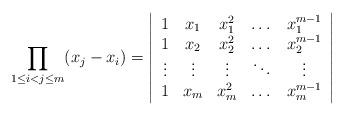
LaTeX: \begin{align*}\prod_{1\le i<j\le m}(x_{j}-x_{i})=\left| \begin{array}{ccccc}1 & x_{1} & x_{1}^{2} & \dots & x_{1}^{m-1} \\ 1 & x_{2} & x_{2}^{2} & \dots & x_{2}^{m-1} \\ \vdots & \vdots & \vdots & \ddots & \vdots \\ 1 & x_{m} & x_{m}^{2} & \dots & x_{m}^{m-1}\end{array}\right|\end{align*}